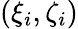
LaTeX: (\xi_{i},\zeta_{i})